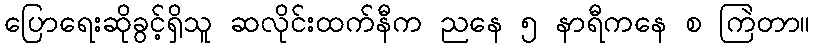
ပြောရေးဆိုခွင့်ရှိသူ ဆလိုင်းထက်နီက ညနေ ၅ နာရီကနေ စ ကြဲတာ။